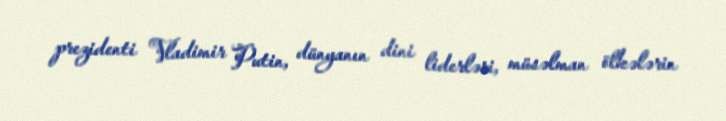
prezidenti Vladimir Putin, dünyanın dini liderləri, müsəlman ölkələrin